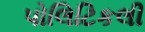
પોલિટિકલી